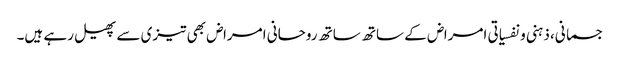
جسمانی، ذہنی ونفسیاتی امراض کے ساتھ ساتھ روحانی امراض بھی تیزی سے پھیل رہے ہیں۔